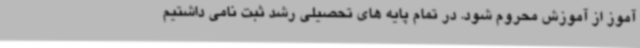
آموز از آموزش محروم شود. در تمام پایه های تحصیلی رشد ثبت نامی داشتیم